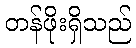
တန်ဖိုးရှိသည်